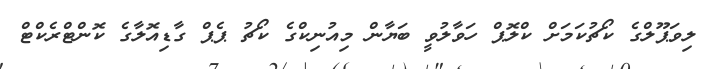
ލިވަޕޫލްގެ ކޯޗުކަމަށް ކްލޮޕް ހަވާލުވީ ބަޔާން މިއުނިކްގެ ކޯޗު ޕެޕް ގާޑިއޮލާގެ ކޮންޓްރެކްޓް